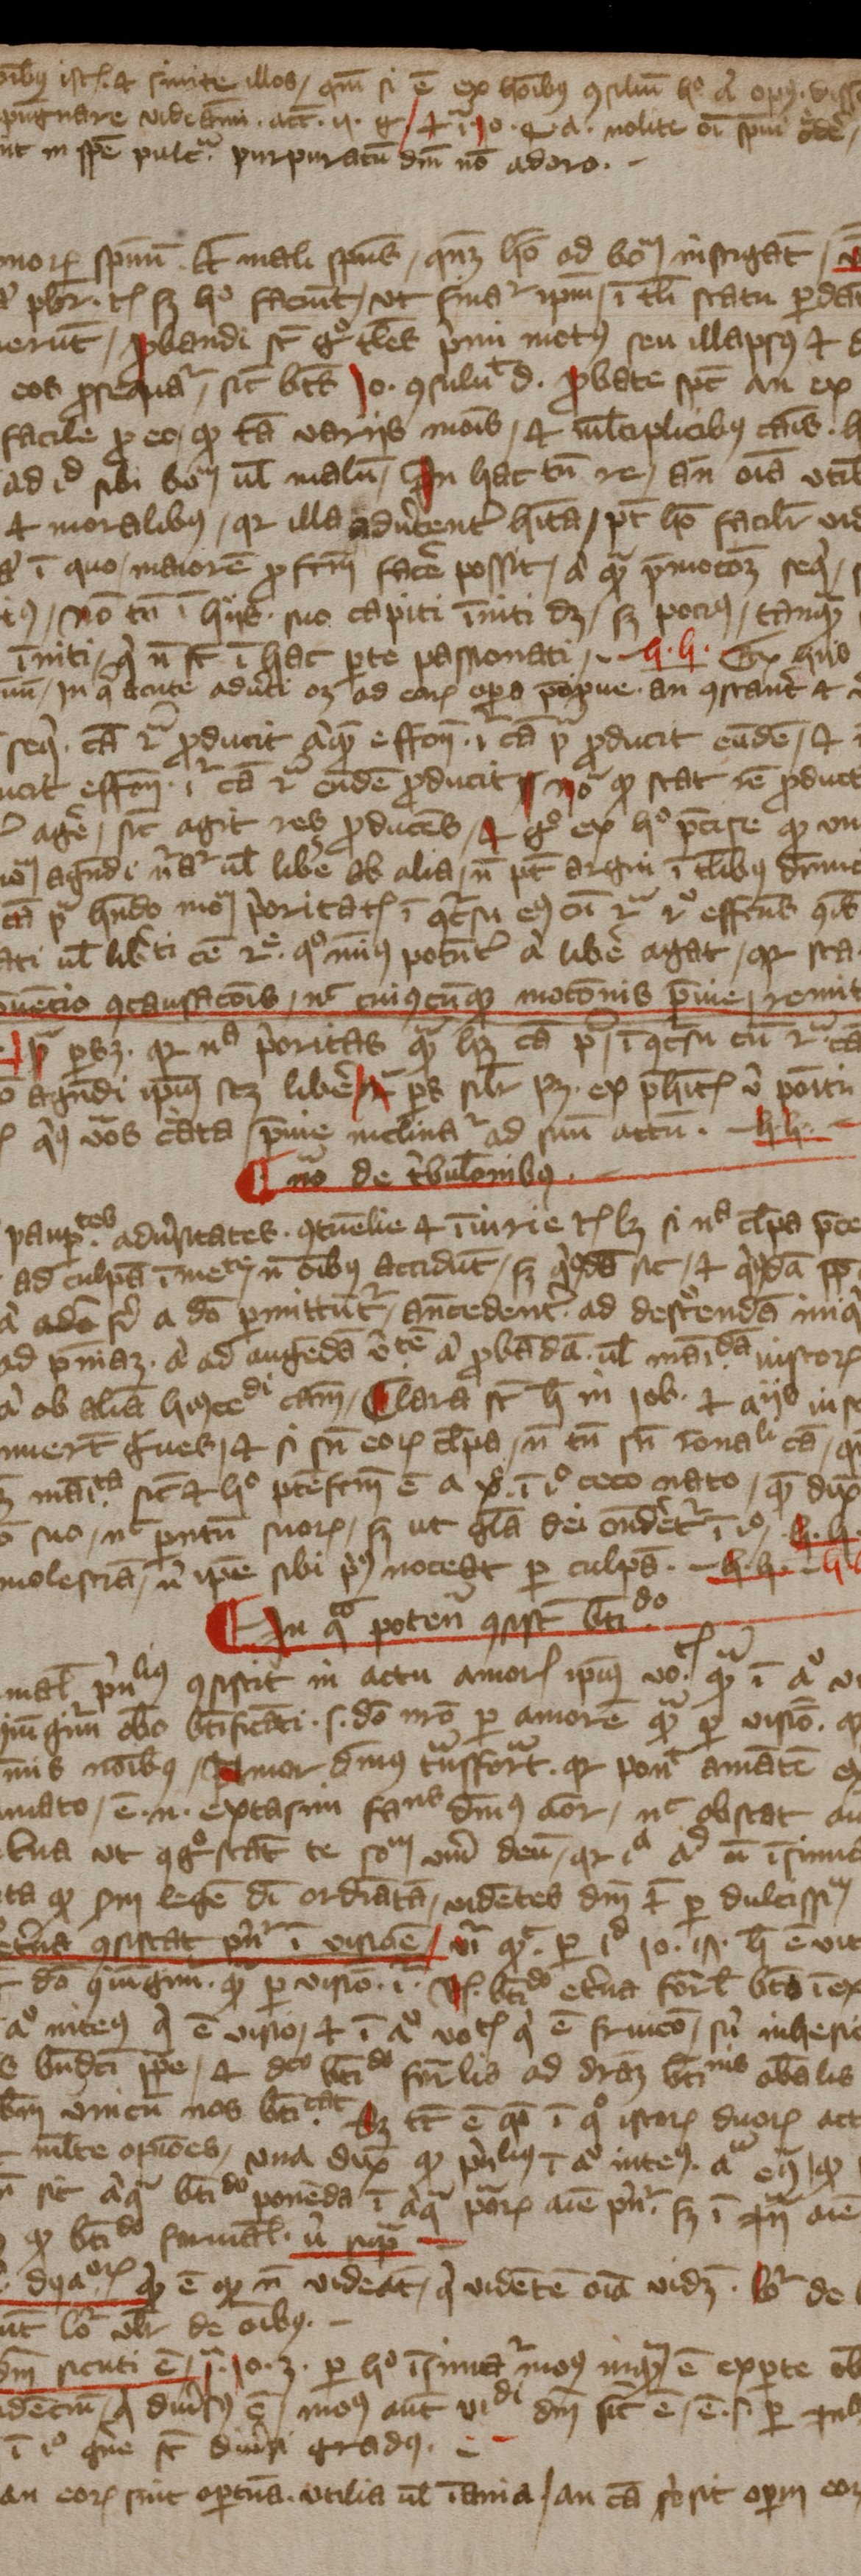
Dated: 1394–1397